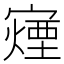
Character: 𫴍